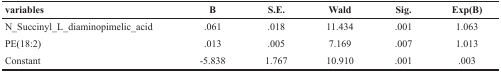
<table><thead><tr><td><b>variables</b></td><td><b>B</b></td><td><b>S.E.</b></td><td><b>Wald</b></td><td><b>Sig.</b></td><td><b>Exp(B)</b></td></tr></thead><tbody><tr><td>N_Succinyl_L_diaminopimelic_acid</td><td>.061</td><td>.018</td><td>11.434</td><td>.001</td><td>1.063</td></tr><tr><td>PE(18:2)</td><td>.013</td><td>.005</td><td>7.169</td><td>.007</td><td>1.013</td></tr><tr><td>Constant</td><td>−5.838</td><td>1.767</td><td>10.910</td><td>.001</td><td>.003</td></tr></tbody></table>